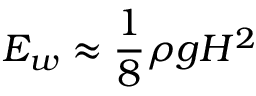
E _ { w } \approx { \frac { 1 } { 8 } } \rho g H ^ { 2 }